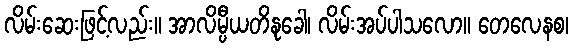
လိမ်းဆေးဖြင့်လည်း။ အာလိမ္ပီယတိနုခေါ၊ လိမ်းအပ်ပါသလော။ တေလေနစ၊